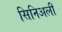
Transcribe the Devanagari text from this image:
सिनिअली